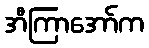
အီကြာအော်က